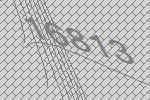
16813